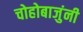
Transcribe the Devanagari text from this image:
चोहोबाजुंनी